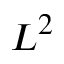
L ^ { 2 }